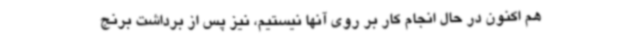
هم اکنون در حال انجام کار بر روی آنها نیستیم، نیز پس از برداشت برنج